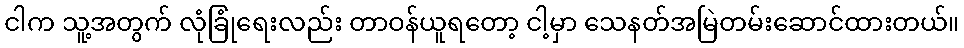
ငါက သူ့အတွက် လုံခြုံရေးလည်း တာဝန်ယူရတော့ ငါ့မှာ သေနတ်အမြဲတမ်းဆောင်ထားတယ်။